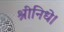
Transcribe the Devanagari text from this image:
श्रीनिधे।